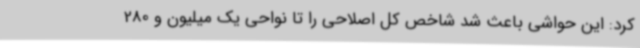
کرد: این حواشی باعث شد شاخص کل اصلاحی را تا نواحی یک میلیون و 280